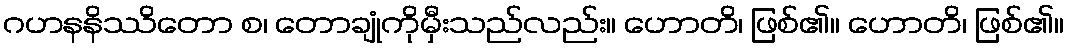
ဂဟနနိဿိတော စ၊ တောချုံကိုမှီးသည်လည်း။ ဟောတိ၊ ဖြစ်၏။ ဟောတိ၊ ဖြစ်၏။